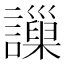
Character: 𧭄